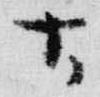
古